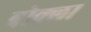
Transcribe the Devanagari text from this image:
बोक्ला